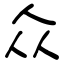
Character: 众